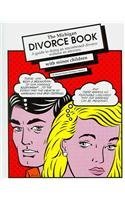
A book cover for Michigan Divorce Book: A Guide to Doing an Uncontested Divorce Without an Attorney (With Minor Children) (Michigan Divorce Book With Minor Children); Michael Maran; Law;